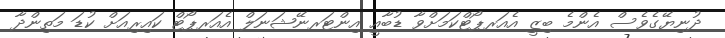
ދުނިޔޭގެވެސް އެންމެ ބިޒީ އެއަރޕޯޓްކަމަށްވާ ޑުބާއީ އިންޓަރނޭޝަނަލް އެއަރޕޯޓް ކައިރިއަށް ކުޑަ މަތިންދާ